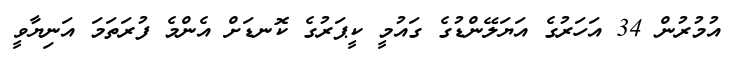
އުމުރުން 34 އަހަރުގެ އަޔަލޭންޑުގެ ގައުމީ ކީޕަރުގެ ކޮނޑަށް އެންމެ ފުރަތަމަ އަނިޔާވީ